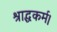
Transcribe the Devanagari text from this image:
श्राद्धकर्म।